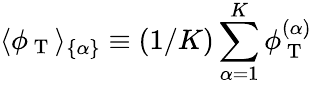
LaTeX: \langle\phi_{\mathrm{~T~}}\rangle_{\{ \alpha\} }\equiv(1/K)\sum_{\alpha=1}^{K}\phi_{\mathrm{~T~}}^{(\alpha)}